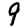
Digit: 9